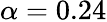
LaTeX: \alpha=0.24